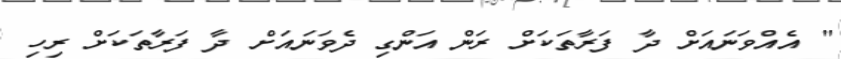
" އެއްވަނައަށް ދާ ފަރާތަކަށް ރަން އަންގި ދެވަނައަށް ދާ ފަރާތަކަށް ރިހި